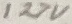
Text: 127V